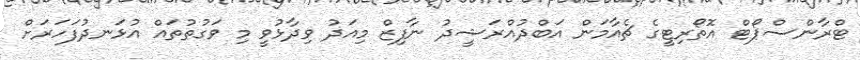
ޓްރާންސްޕޯޓް އޮތޯރިޓީގެ ޗެއާމަން އަބްދުއްރަޝީދު ނާފިޒް މިއަދު ވިދާޅުވީ މި ވަގުތުތައް އުޅަނދުފަހަރަށް